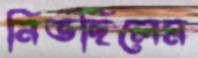
নিভছিলেম